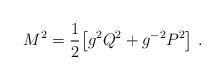
LaTeX: \begin{align*}M^2 = {1\over2} \big[ g^2 Q^2 + g^{-2} P^2\big]\ .\end{align*}